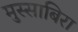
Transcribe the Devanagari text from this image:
मुस्साबिरा